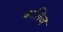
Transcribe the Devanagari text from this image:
कलिज